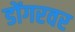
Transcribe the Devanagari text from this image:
डोंगरवर